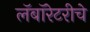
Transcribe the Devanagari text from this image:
लॅबॉरेटरीचे